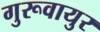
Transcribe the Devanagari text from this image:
गुरूवायुर